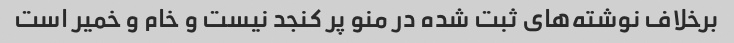
برخلاف نوشته‌های ثبت شده در منو پر کنجد نیست و خام و خمیر است